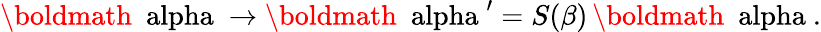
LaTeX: \mathrm{\boldmath~\ alpha~}\to\mathrm{\boldmath~\ alpha~}^{\prime}=S(\beta)\, \mathrm{\boldmath~\ alpha~}.